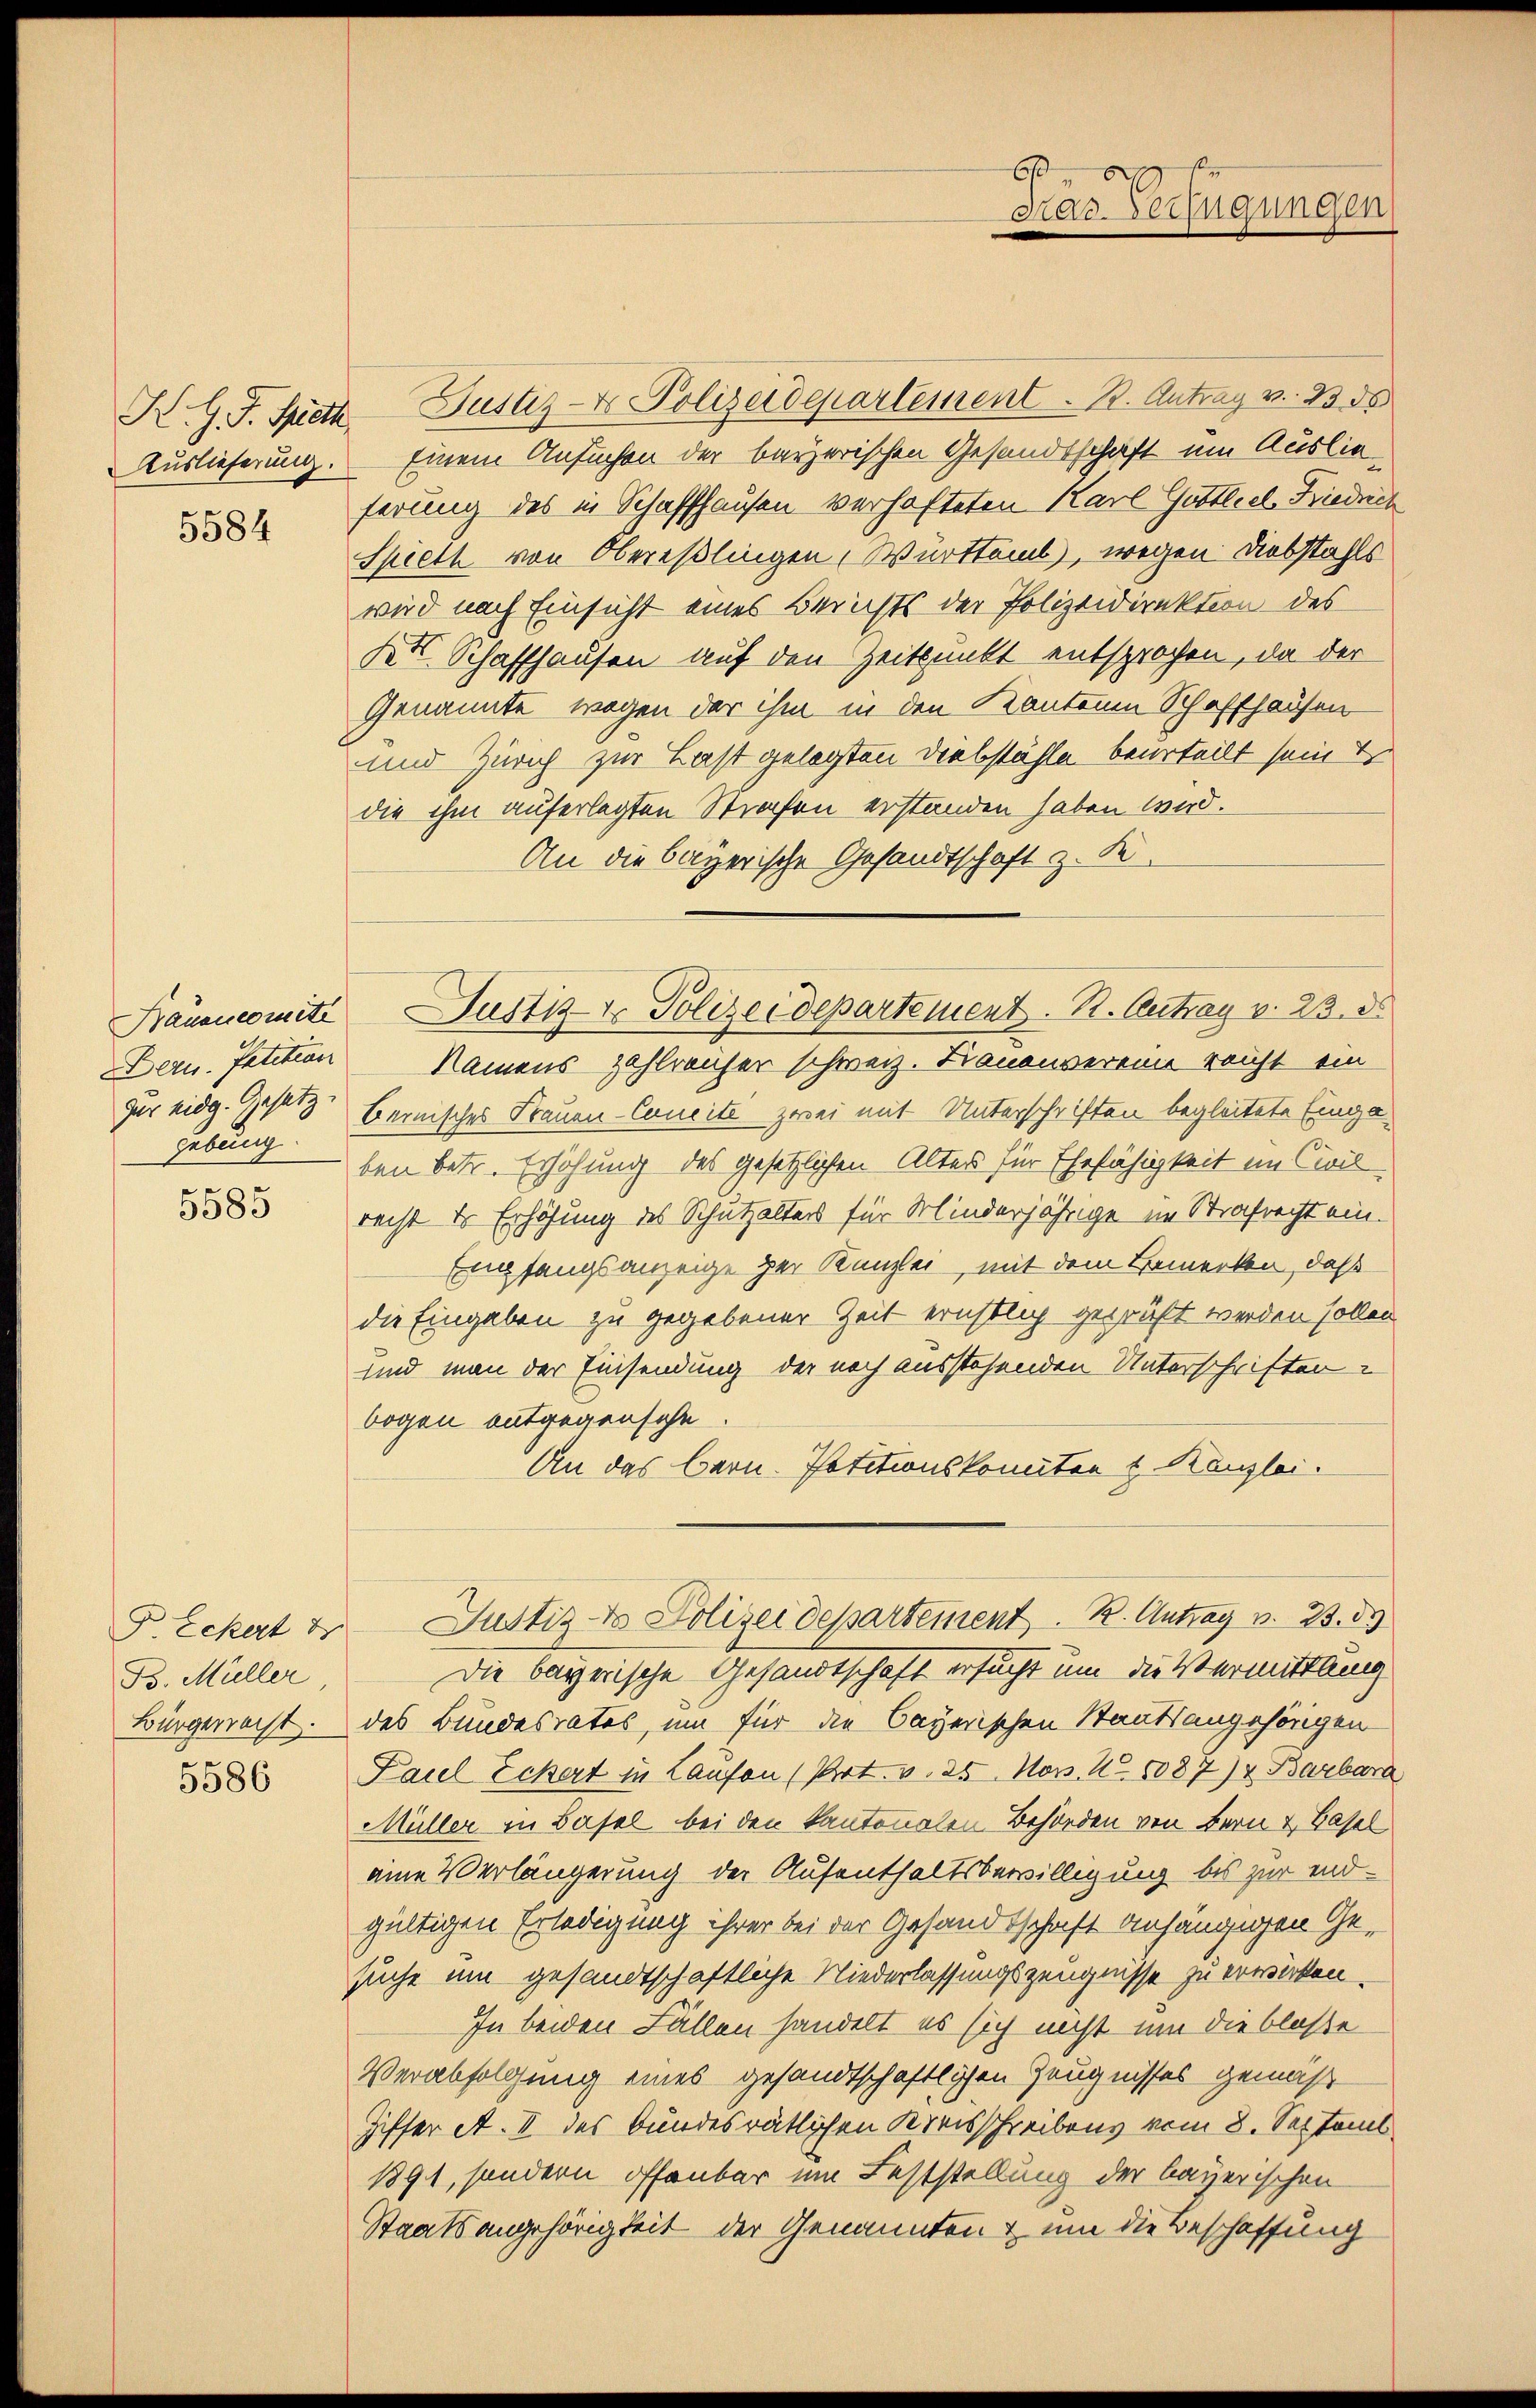
5584

fur eidg. Gesetz
gebung.

5585

B Eckert 4
B. Müller
Bürgerrecht.

5586

K. G. J. Spieth Justiz- & Polizeidepartement . . Antrag v. 13. ds
Auslieferung. Einem Ansuchen der bayerischen Gesandtschaft um Auslieferung des in Schaffhausen verhafteten Karl Gottliel Friedrich
Spieth von Obereßlingen, Württemb, wegen Diebstahls
wird nach Einsicht eines Berichts der Polizeidirektion des
Kt. Schaffhausen auf den Zeitpunkt entsprochen, da der
Genannte wegen der ihm in den Kantonen Schaffhausen
und Zürich zur Last gelegten Diebstähle beurteilt sein ?
die ihm auferlegten Strafen erstanden haben wird.
An die bayerische Gesandtschaft z. K.
Dern. Petition Namens zahlreicher schweiz. Dienenvereine reicht ein
bernisches Frauen-Concite zwei mit Unterschriften begleitete Eingaben betr. Erhöhung des gesetzlichen Alter für Ehefähigkeit im Civil
recht er Erhöhung des Schutzalters für Minderjährige im Strafrecht ein.
Empfangsanzeige der Kanzlei, mit dem Bemerken, daß
die Eingaben zu gegebener Zeit ernstlich geprüft werden sollen
und man der Einsendung der noch ausstehenden Unterschriften
bogen entgegensche
An das Bern. Petitionskomitant Kanzlei.
Justiz- & Polizeidepartement. B. Antrag v. 23. d.
Die bayerische Gesandtschaft ersucht um die Vermittlung
des Bundesrates, um für die bayerischen Staatsangehörigen-
Paul Eckert in Laufen (Art. v. 25. Nov. N. 5087) & Barbara
Müller in Basel bei den kantonalen Behörden von Bern & Basel
eine Verlängerung der Aufenthaltsbewilligung bis zur endgültigen Erledigung ihrer bei der Gesandtschaft anhängigen Gesuche um gesandtschaftliche Niederlassungszeugnisse zu erwirken.
In beiden Fällen handelt es sich nicht um die bloße
Verabfolgung eines gesandtschaftlichen Zeugnisses gemäß
Ziffer A. II des bundesrätlichen Kreisschreibens vom 8. Septemb
1891, sondern offenbar um Feststellung der bayerischen
Staatsangehörigkeit der Genannten & um die Beschaffung

b
mar. Verfügungen

Frauencomite Justiz & Polizeidepartement. R. Antrag v. 23. ds